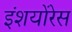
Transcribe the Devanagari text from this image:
इंशयोंरेस